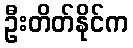
ဦးတိတ်နိုင်က